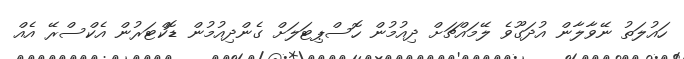
ހައުލަތު ނޭވާލާން އުދަގޫވެ ލޭމައްޗަށް ދިއުމުން ހޮސްޕިޓަލަށް ގެންދިއުމުން ޑޮކްޓަރުން އެކްސްރޭ އެއް